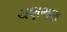
ચણભણ